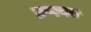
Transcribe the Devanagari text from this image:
प्रणवत